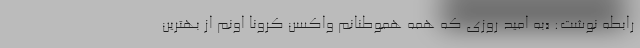
رابطه نوشت: «به امید روزی که همه هموطنانم واکسن کرونا اونم از بهترین